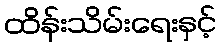
ထိန်းသိမ်းရေးနှင့်